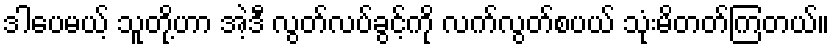
ဒါပေမယ့် သူတို့ဟာ အဲ့ဒီ လွတ်လပ်ခွင့်ကို လက်လွတ်စပယ် သုံးမိတတ်ကြတယ်။